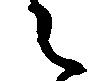
々